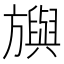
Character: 𣄣